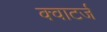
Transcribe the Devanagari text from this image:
क्वाटर्ज